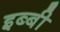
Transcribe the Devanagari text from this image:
इब्बी